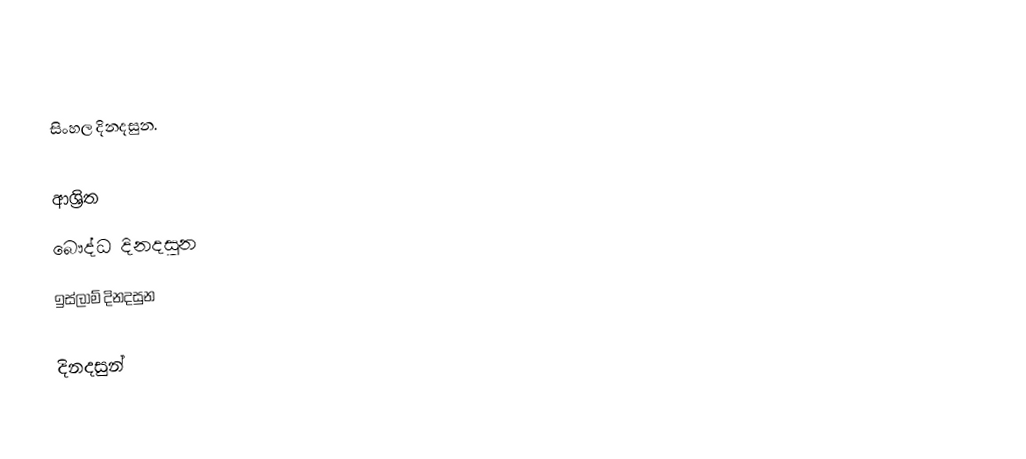
සිංහල දිනදසුන.

ආශ්‍රිත
 බෞද්ධ දිනදසුන
 ඉස්ලාම් දිනදසුන

දිනදසුන්